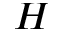
H